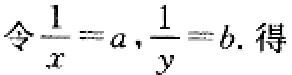
令$\frac{1}{x}=a,\frac{1}{y}=b.$ 得